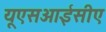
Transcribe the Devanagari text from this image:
यूएसआईसीए